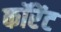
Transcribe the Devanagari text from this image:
कॉरेंट